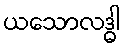
ယသောလဒ္ဓါ